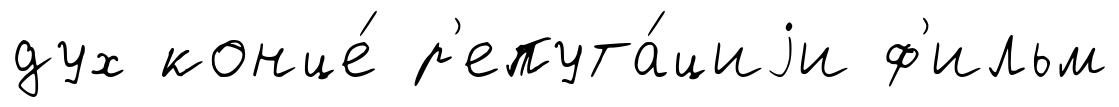
дух конце́ р'епута́циjи ф'ильм